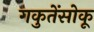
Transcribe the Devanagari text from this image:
गकुतेंसोकू